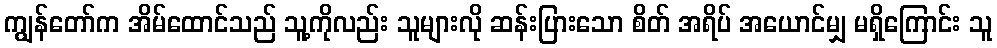
ကျွန်တော်က အိမ်ထောင်သည် သူ့ကိုလည်း သူများလို ဆန်းပြားသော စိတ် အရိပ် အယောင်မျှ မရှိကြောင်း သူ